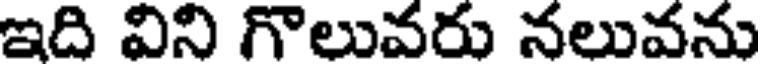
ఇది విని గొలువరు నలువను